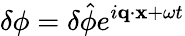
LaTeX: \delta\phi=\delta\hat{\phi}e^{i\mathbf{q}\cdot\mathbf{x}+\omega t}